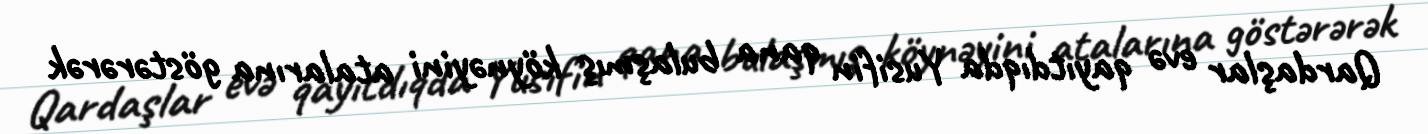
Qardaşlar evə qayıtdıqda Yusifin qana bulaşmış köynəyini atalarına göstərərək